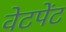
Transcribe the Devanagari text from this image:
वेटपेंट